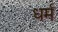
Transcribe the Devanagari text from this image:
ध्‍ार्म